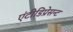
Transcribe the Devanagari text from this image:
एंटीडिप्रेसन्ट